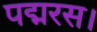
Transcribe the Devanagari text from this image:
पद्मरस।